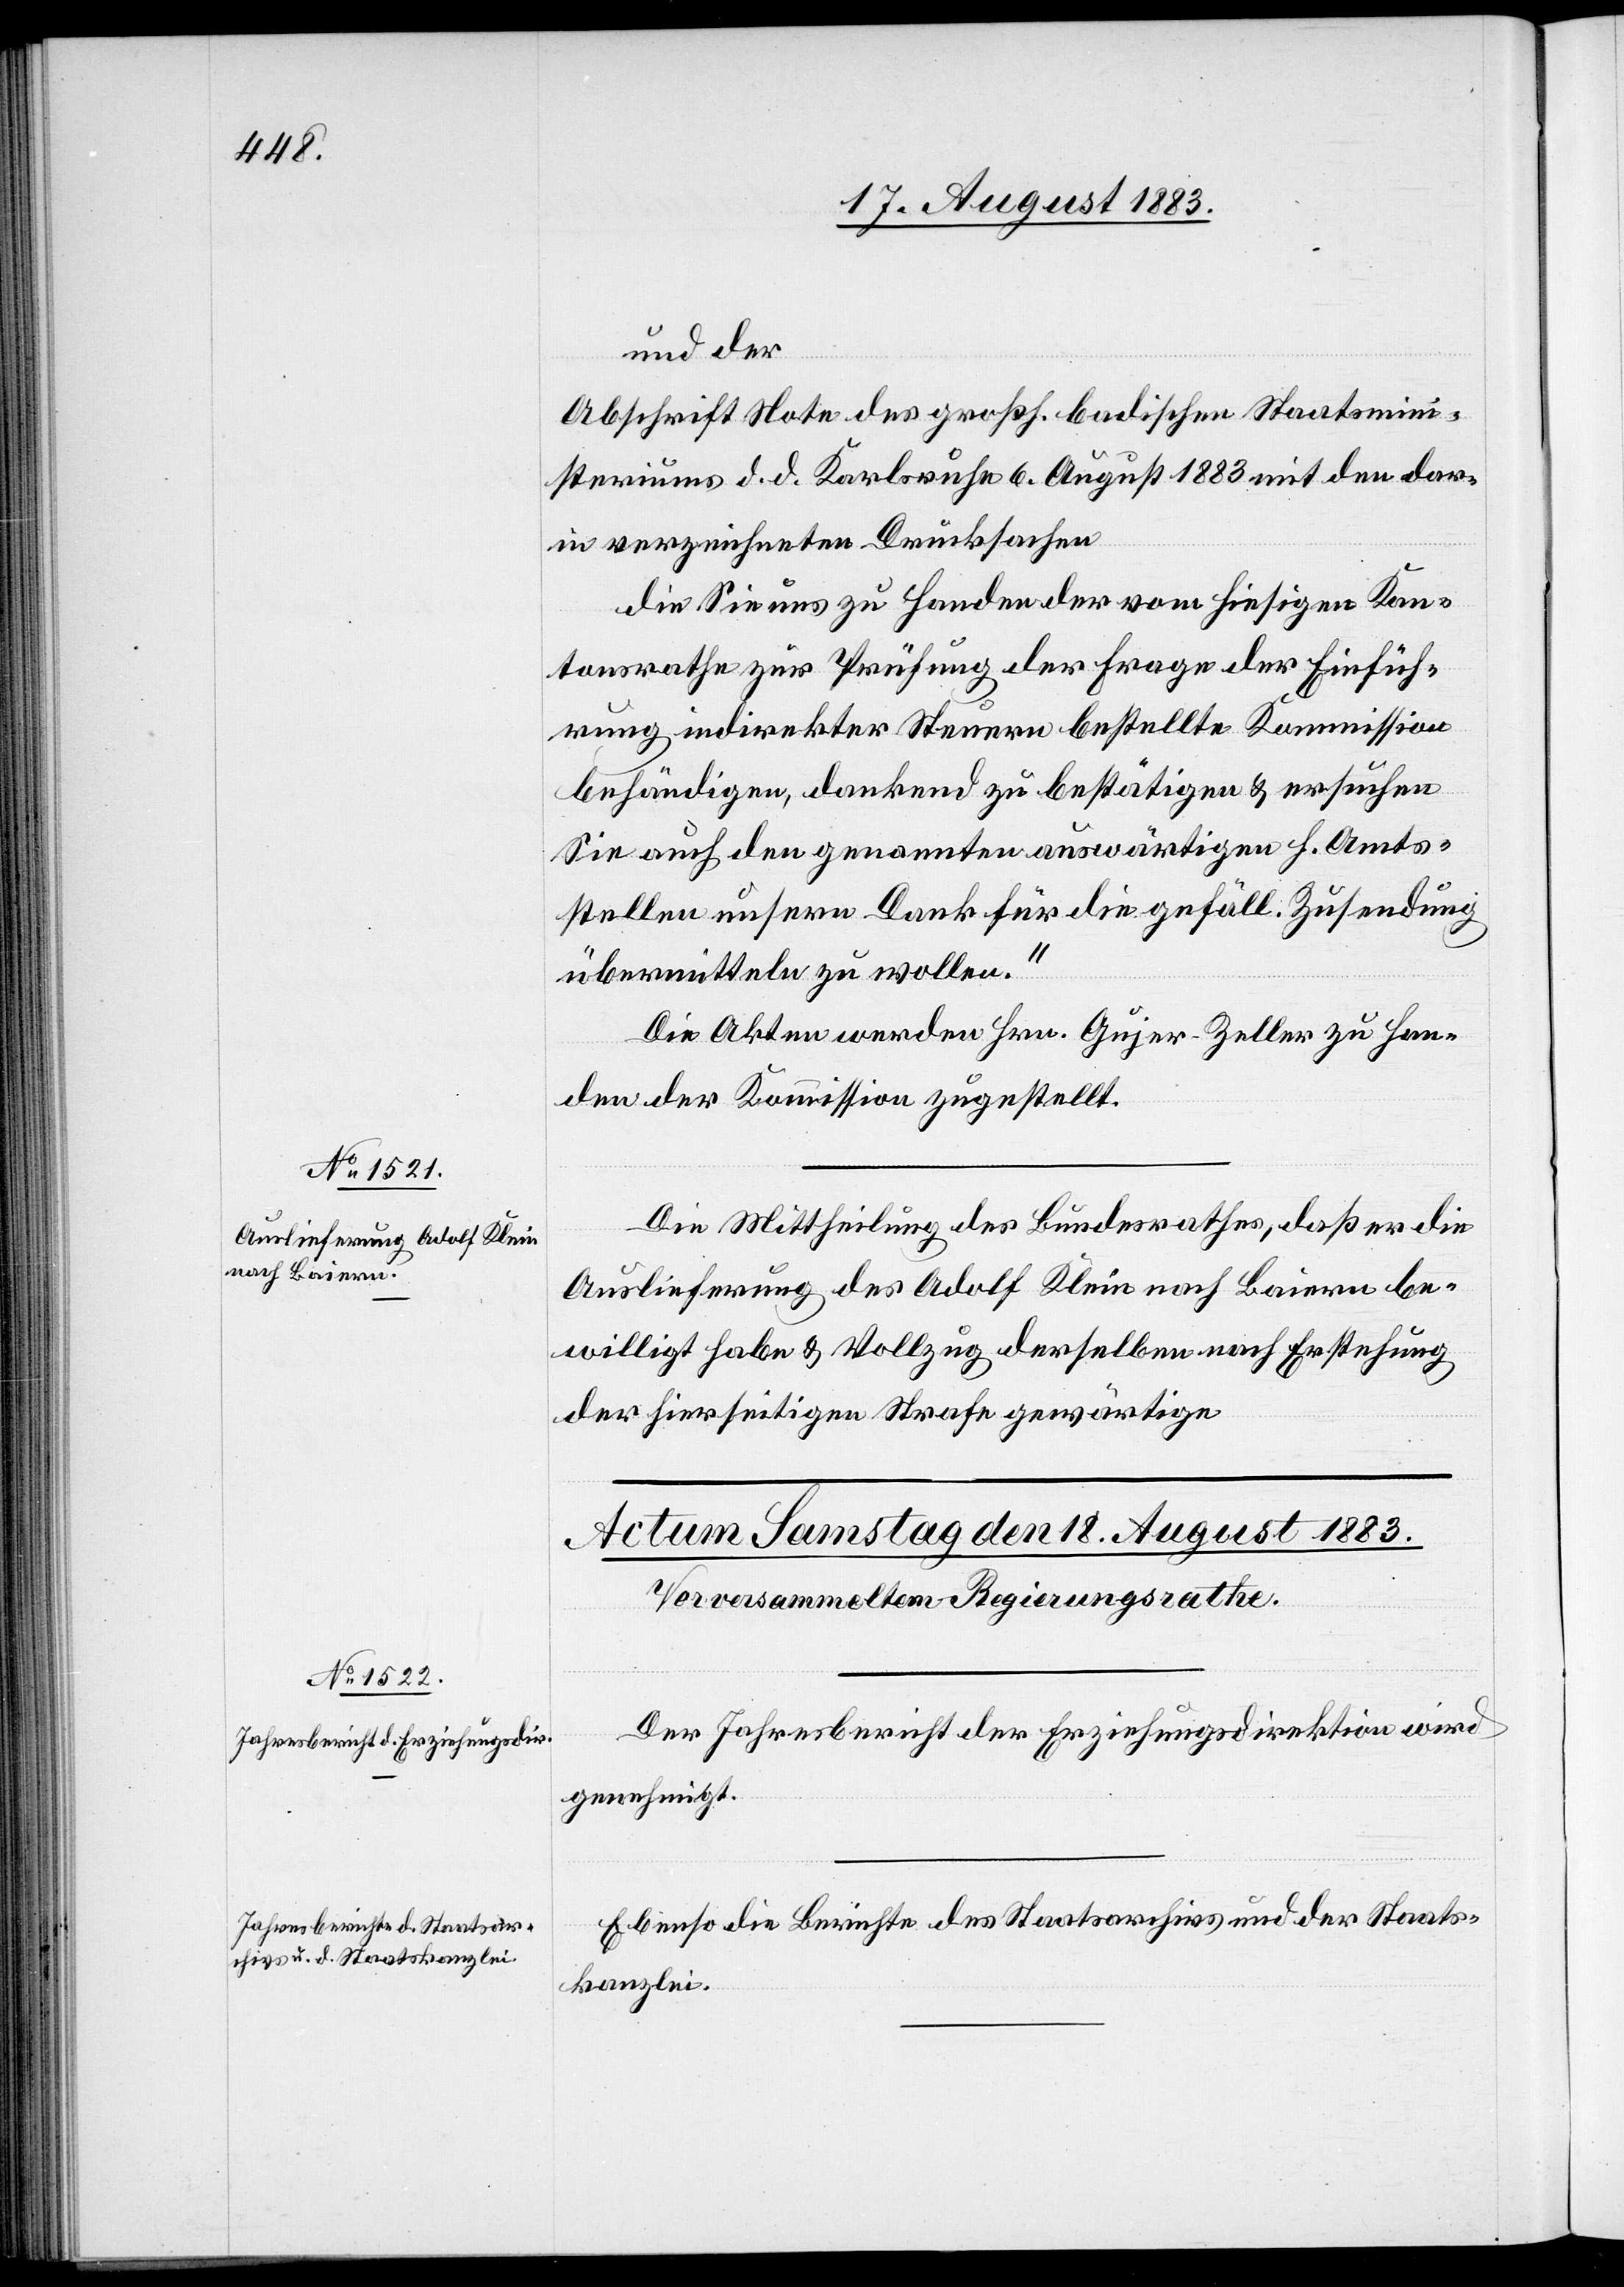
18. August 1883.]
und der
Abschrift Note des großh. Badischen Staatsmini¬
steriums d. d. Karlsruhe 6. August 1883 mit den dar¬
in verzeichneten Drucksachen
die Sie uns zu Handen der vom hiesigen Kan¬
tonsrathe zur Prüfung der Frage der Einfüh¬
rung indirekter Steuern bestellte Kommission
behändigen, dankend zu bestätigen & ersuchen
Sie auch den genannten auswärtigen h. Amts¬
stellen unsern Dank für die gefäll. Zusendung
übermitteln zu wollen.“
Die Akten werden Hrn. Gujer-Zeller zu Han¬
den der Kommission zugestellt.
Die Mittheilung des Bundesrathes, daß er die
Auslieferung des Adolf Klein nach Baiern be¬
willigt habe & Vollzug derselben nach Erstehung
der hierseitigen Strafe gewärtige.
Der Jahresbericht der Erziehungsdirektion wird
genehmigt.
Ebenso die Berichte des Staatsarchivs und der Staats¬
kanzlei